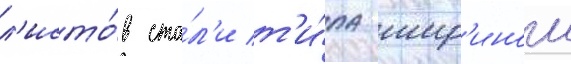
л'исто́в ста́л'и т'и́па шир'инои